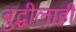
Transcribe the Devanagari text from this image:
बुद्धीलाही